Plague in India, 1896, 1897 - Volume 3
Year: 1896
Disease focus: Plague
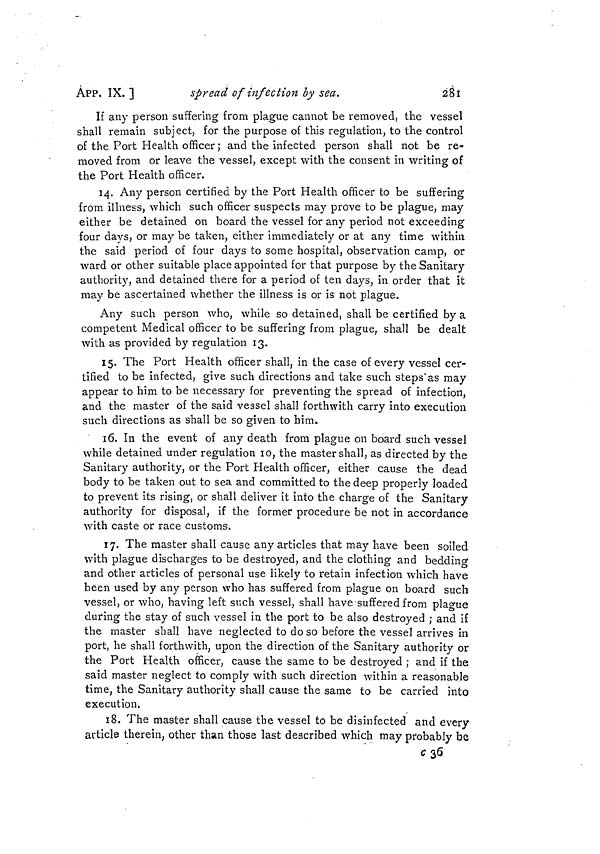
ÀPP. IX. ]
spread of infection by sea.
281
If any person suffering from plague cannot be removed, the vessel
shall remain subject, for the purpose of this regulation, to the control
of the Port Health officer ; and the infected person shall not be re-
moved from or leave the vessel, except with the consent in writing of
the Port Health officer.
14. Any person certified by the Port Health officer to be suffering
from illness, which such officer suspects may prove to be plague, may
either be detained on board the vessel for any period not exceeding
four days, or may be taken, either immediately or at any time within
the said period of four days to some hospital, observation camp, or
ward or other suitable place appointed for that purpose by the Sanitary
authority, and detained there for a period of ten days, in order that it
may be ascertained whether the illness is or is not plague.
Any such person who, while so detained, shall be certified by a
competent Medical officer to be suffering from plague, shall be dealt
with as provided by regulation 13.
15. The Port Health officer shall, in the case of every vessel cef-
tified to be infected, give such directions and take such steps'as may
appear to him to be necessary for preventing the spread of infection,
and the master of the said vessel shall forthwith carry into execution
such directions as shall be so given to him.
16. In the event of any death from plague on board such vessel
while detained under regulation 10, the master shall, as directed by the
Sanitary authority, or the Port Health officer, either cause the dead
body to be taken out to sea and committed to the deep properly loaded
to prevent its rising, or shall deliver it into the charge of the Sanitary
authority for disposal, if the former procedure be not in accordance
with caste or race customs.
17. The master shall cause any articles that may have been soiled
with plague discharges to be destroyed, and the clothing and bedding
and other articles of personal use likely to retain infection which have
been used by any person who has suffered from plague on board such
vessel, or who, having left such vessel, shall have suffered from plague
during the stay of such vessel in the port to be also destroyed ; and if
the master shall have neglected to do so before the vessel arrives in
port, he shall forthwith, upon the direction of the Sanitary authority or
the Port Health officer, cause the same to be destroyed ; and if the
said master neglect to comply with such direction within a reasonable
time, the Sanitary authority shall cause the same to be carried into
execution,
18. The master shall cause the vessel to be disinfected and every
article therein, other than those last described which may probably be
c 36